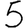
Digit: 5